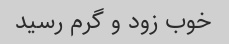
خوب زود و گرم رسید